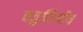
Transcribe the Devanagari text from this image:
चतुर्विमीय